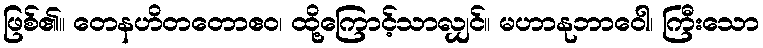
ဖြစ်၏။ တေနဟိတတောဧဝ၊ ထို့ကြောင့်သာလျှင်။ မဟာနုဘာဝေါ၊ ကြီးသော